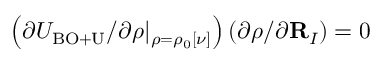
\left( \partial { \cal U } _ { \mathrm { B O + U } } / \partial \rho \vert _ { \rho = \rho _ { 0 } [ \nu ] } \right) \left( \partial \rho / \partial { \bf R } _ { I } \right) = 0